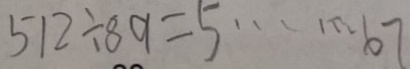
5 1 2 \div 8 9 = 5 \cdots 6 7